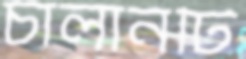
চালানটি